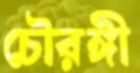
চৌরঙ্গী